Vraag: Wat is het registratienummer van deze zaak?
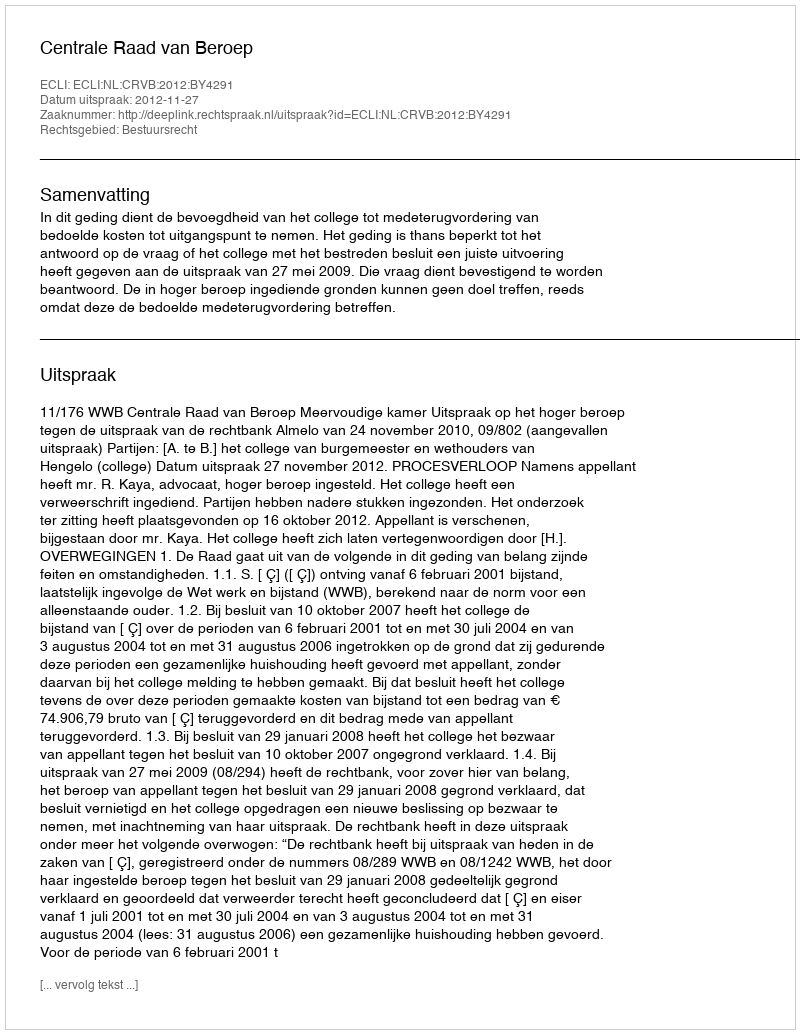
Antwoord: http://deeplink.rechtspraak.nl/uitspraak?id=ECLI:NL:CRVB:2012:BY4291